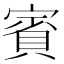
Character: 賓